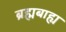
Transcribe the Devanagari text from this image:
ब्रह्मबाह्य